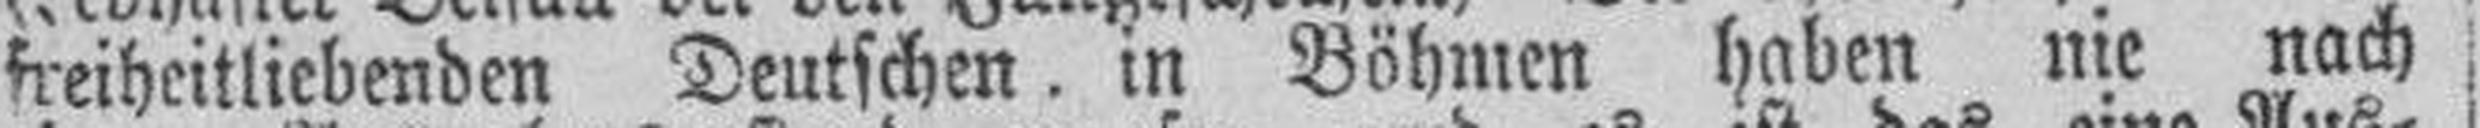
freiheitliebenden Deutschen. in Böhmen haben nie nach